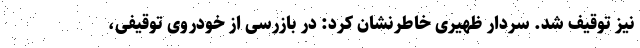
نیز توقیف شد. سردار ظهیری خاطرنشان کرد: در بازرسی از خودروی توقیفی،